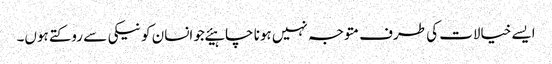
ایسے خیالات کی طرف متوجہ نہیں ہونا چاہیئےجو انسان کو نیکی سے روکتے ہوں۔